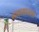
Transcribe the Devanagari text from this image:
मधासारखा